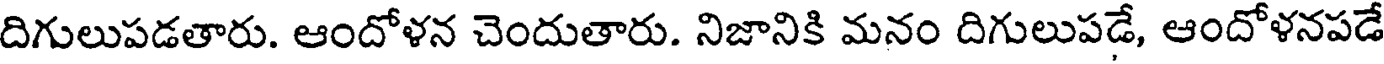
దిగులుపడతారు. ఆందోళన చెందుతారు. నిజానికి మనం దిగులుపడే, ఆందోళనపడే